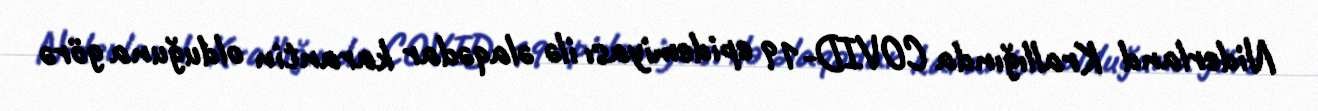
Niderland Krallığında COVID-19 epidemiyası ilə əlaqədar karantin olduğuna görə